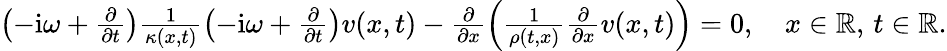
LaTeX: \begin{array}{r}{\left(-\mathrm{i}\omega+\frac{\partial}{\partial t}\right)\frac{1}{\kappa(x,t)}\left(-\mathrm{i}\omega+\frac{\partial}{\partial t}\right)v(x,t)-\frac{\partial}{\partial x}\left(\frac{1}{\rho(t,x)}\frac{\partial}{\partial x}v(x,t)\right)=0,\quad x\in\mathbb{R},\, t\in\mathbb{R}.}\end{array}